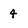
Character: 4